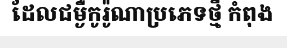
ដែលជម្ងឺកូរ៉ូណាប្រភេទថ្មី កំពុង